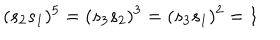
( s _ { 2 } s _ { 1 } ) ^ { 5 } = ( s _ { 3 } s _ { 2 } ) ^ { 3 } = ( s _ { 3 } s _ { 1 } ) ^ { 2 } = 1